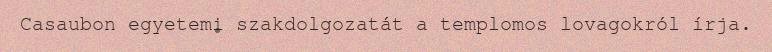
Casaubon egyetemi szakdolgozatát a templomos lovagokról írja.